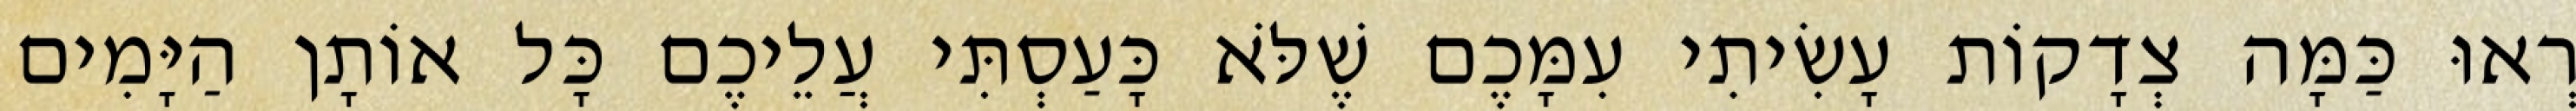
רְאוּ כַּמָּה צְדָקוֹת עָשִׂיתִי עִמָּכֶם שֶׁלֹּא כָּעַסְתִּי עֲלֵיכֶם כָּל אוֹתָן הַיָּמִים